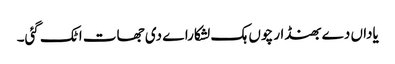
یاداں دے بھنڈار چوں ہک لشکاراے دی جھات اٹک گئی۔